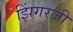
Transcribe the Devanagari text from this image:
झिंगरजी